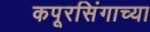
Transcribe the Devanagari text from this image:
कपूरसिंगाच्या